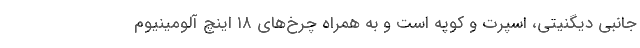
جانبی دیگنیتی، اسپرت و کوپه است و به همراه چرخ‌های ۱۸ اینچ آلومینیوم